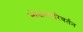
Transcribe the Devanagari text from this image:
भोजनपरिवर्तन